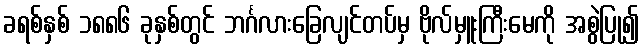
ခရစ်နှစ် ၁၈၈၆ ခုနှစ်တွင် ဘင်္ဂလားခြေလျင်တပ်မှ ဗိုလ်မှူးကြီးမေကို အစွဲပြု၍